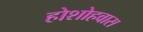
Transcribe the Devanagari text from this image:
होशोहवास